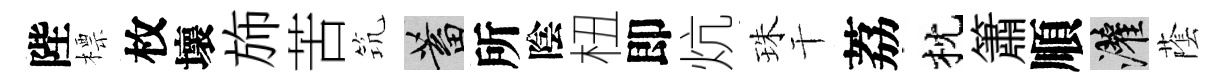
陛標枚壞斾苦𥬑蓄所陰杻即炕珠干荔枕簫順灌䕃